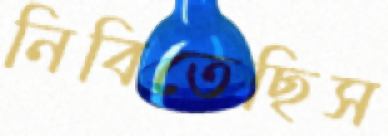
নিবিতেছিস